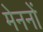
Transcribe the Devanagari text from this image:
मेननों